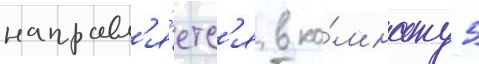
направл'я́етс'я в ко́мнату 5